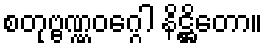
စတုဗ္ဗဏ္ဏဝဂ္ဂေါ နိဋ္ဌိတော။